Vaccination in Bombay 1924-1928 - 1924-1928
Year: 1924
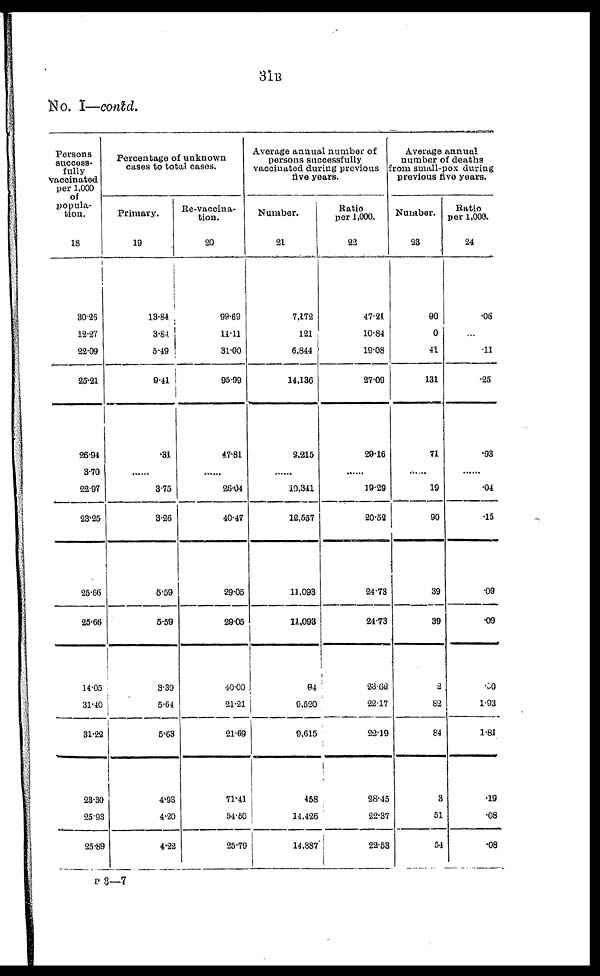
31B
No. I—contd.
Persons
success-
fully
Vaccinated
per 1,000
of
popula-
tion.
18
30.25
12.27
22.09
25.21
26.94
3.70
22.97
23.25
25.66
25.66
14.05
31.40
31.22
23.30
25.93
25.89
Percentage of unknown
cases to total cases.
Primary.
19
13.84
3.64
5.49
9.41
.31
......
3.75
3.26
6.59
5.59
3.39
5.64
5.63
4.93
4.20
4.22
Re-vaccina-
tion.
20
99.69
11.11
31.00
95.99
47.81
......
26.04
40.47
29.05
29.05
40.00
21.21
21.69
71.41
54.50
25.79
Average annual number of
persons successfully
vaccinated during previous
five years.
Number.
21
7,172
121
6,844
14,136
2,215
......
10,341
12,557
11,093
11,093
94
9,520
9,615
458
14,426
14,887
Ratio
per 1,000.
22
47.21
10.84
19.08
27.09
29.16
......
19.29
20.52
24.73
24.73
23.62
22.17
22.19
28.45
22.37
22.53
Average annual
number of deaths
from small-pox during
previous five years.
Number.
23
90
0
41
131
71
......
19
90
39
39
2
82
84
3
51
54
Ratio
per 1,000.
24
.06
...
.11
.25
.93
......
.04
.15
.09
.09
.50
1.93
1.81
.19
.08
.08
P 3—7